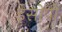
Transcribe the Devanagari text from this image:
ईसोपो